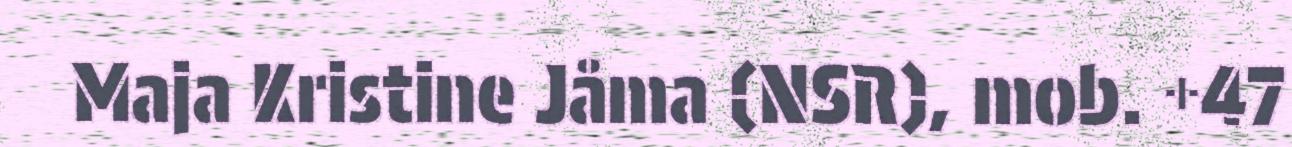
Maja Kristine Jåma (NSR), mob. +47